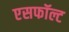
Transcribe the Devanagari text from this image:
एसफॉल्ट